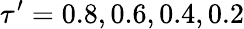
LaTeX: \tau^{\prime}=0.8,0.6,0.4,0.2